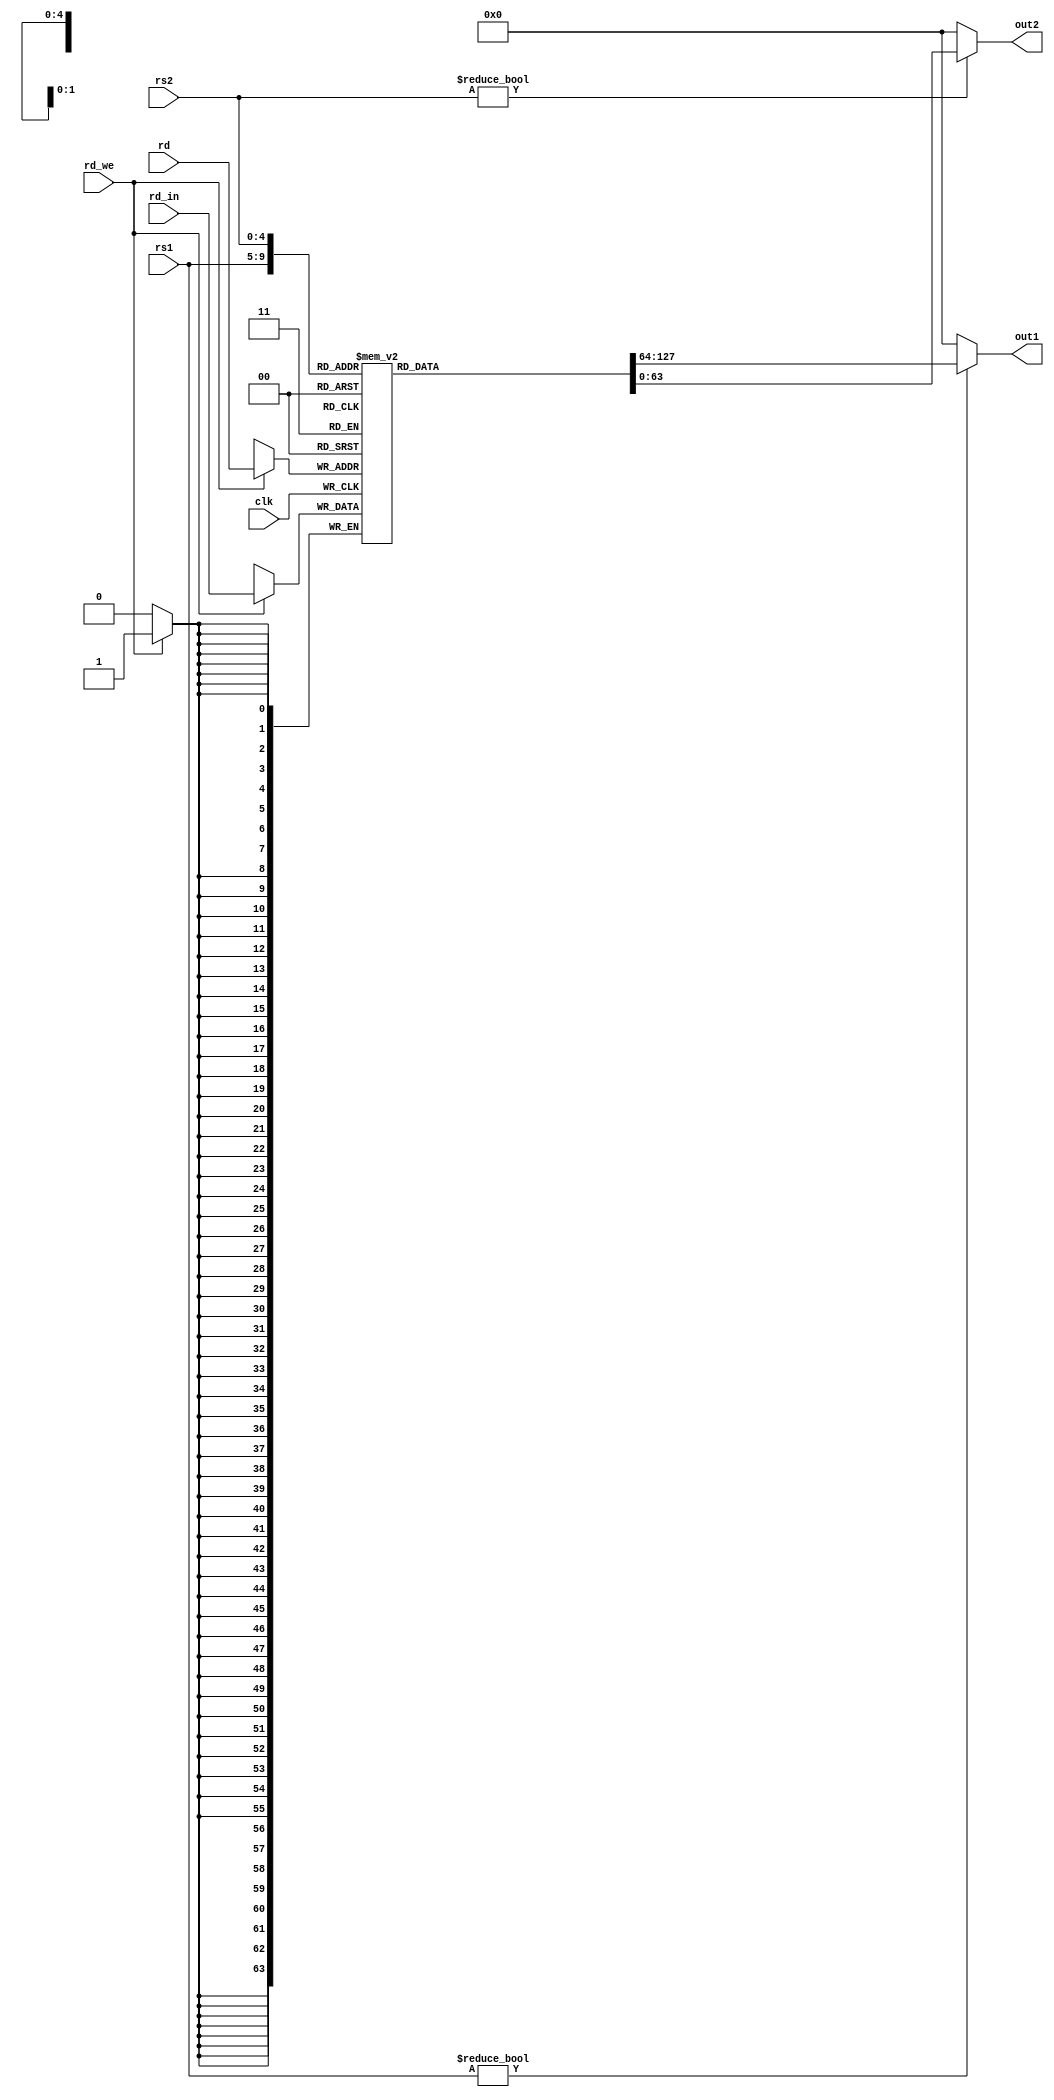
module register
(
	input wire[4:0] rd,
	input wire[4:0] rs1,
	input wire[4:0] rs2,
	output wire[63:0]  out1,
	output wire[63:0]  out2,
	input wire[63:0] rd_in,
	input wire rd_we,
	input wire clk
);

reg[63:0] reg_file[31:0];

assign out1 = rs1?reg_file[rs1]:0;
assign out2 = rs2?reg_file[rs2]:0;

always @ (posedge clk)
begin 
	if(rd_we)
		reg_file[rd]<=rd_in;
	else 
		;
end

endmodule